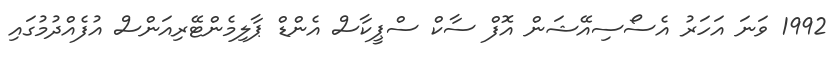
1992 ވަނަ އަހަރު އެސޯސިއޭޝަން އޮފް ސާކް ސްޕީކާސް އެންޑް ޕާލިމެންޓޭރިއަންސް އުފެއްދުމުގައި